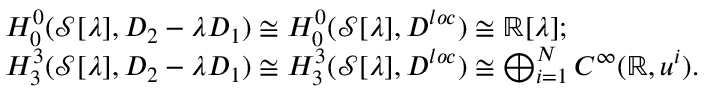
\begin{array} { r l } & { H _ { 0 } ^ { 0 } ( \mathcal { S } [ \lambda ] , D _ { 2 } - \lambda D _ { 1 } ) \cong H _ { 0 } ^ { 0 } ( \mathcal { S } [ \lambda ] , D ^ { l o c } ) \cong \mathbb { R } [ \lambda ] ; } \\ & { H _ { 3 } ^ { 3 } ( \mathcal { S } [ \lambda ] , D _ { 2 } - \lambda D _ { 1 } ) \cong H _ { 3 } ^ { 3 } ( \mathcal { S } [ \lambda ] , D ^ { l o c } ) \cong \bigoplus _ { i = 1 } ^ { N } C ^ { \infty } ( \mathbb { R } , u ^ { i } ) . } \end{array}